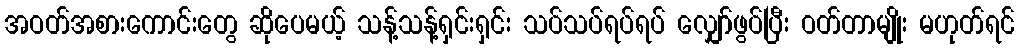
အဝတ်အစားကောင်းတွေ ဆိုပေမယ့် သန့်သန့်ရှင်းရှင်း သပ်သပ်ရပ်ရပ် လျှော်ဖွပ်ပြီး ဝတ်တာမျိုး မဟုတ်ရင်